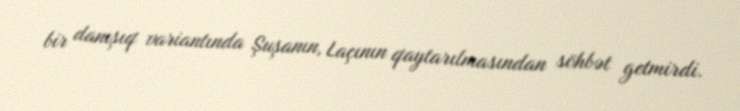
bir danışıq variantında Şuşanın, Laçının qaytarılmasından söhbət getmirdi.